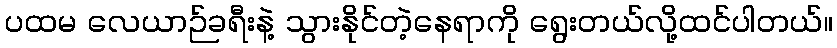
ပထမ လေယာဉ်ခရီးနဲ့ သွားနိုင်တဲ့နေရာကို ရွေးတယ်လို့ထင်ပါတယ်။